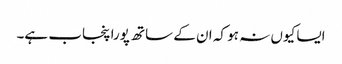
ایسا کیوں نہ ہو کہ ان کے ساتھ پورا پنجاب ہے۔